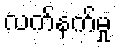
လက်နက်မှု